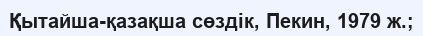
Қытайша-қазақша сөздік, Пекин, 1979 ж.;